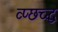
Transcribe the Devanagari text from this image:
व्प्छच्द्ध